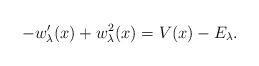
LaTeX: \begin{align*} -w_{\lambda }^{\prime }(x)+w_{\lambda }^{2}(x)=V(x)-E_{\lambda }.\end{align*}